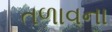
તળાવના